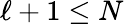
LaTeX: \ell+1\leq N